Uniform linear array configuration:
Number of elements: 32
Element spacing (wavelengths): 0.5
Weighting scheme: kaiser
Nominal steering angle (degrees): -30
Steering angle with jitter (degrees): -31.365
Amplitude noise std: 0.05
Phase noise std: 0.05

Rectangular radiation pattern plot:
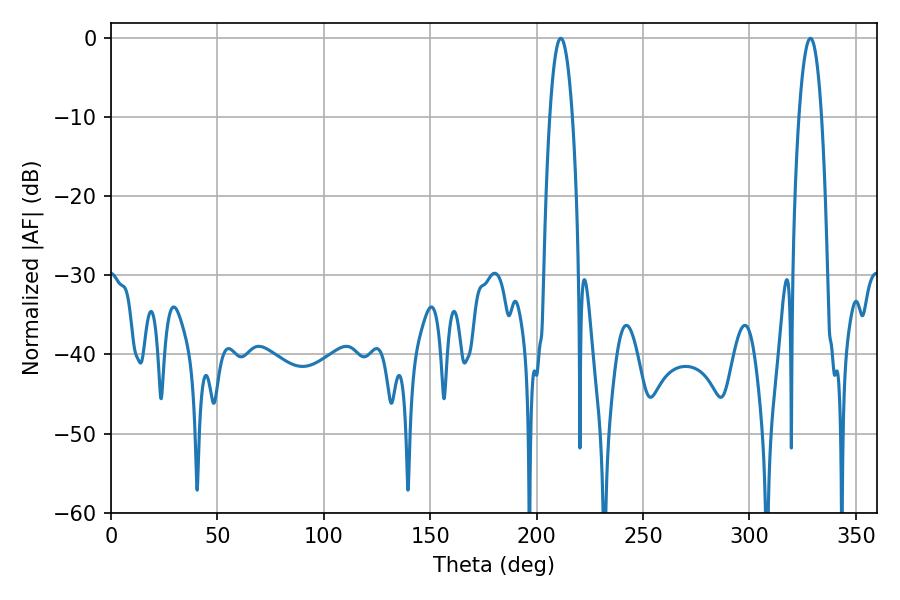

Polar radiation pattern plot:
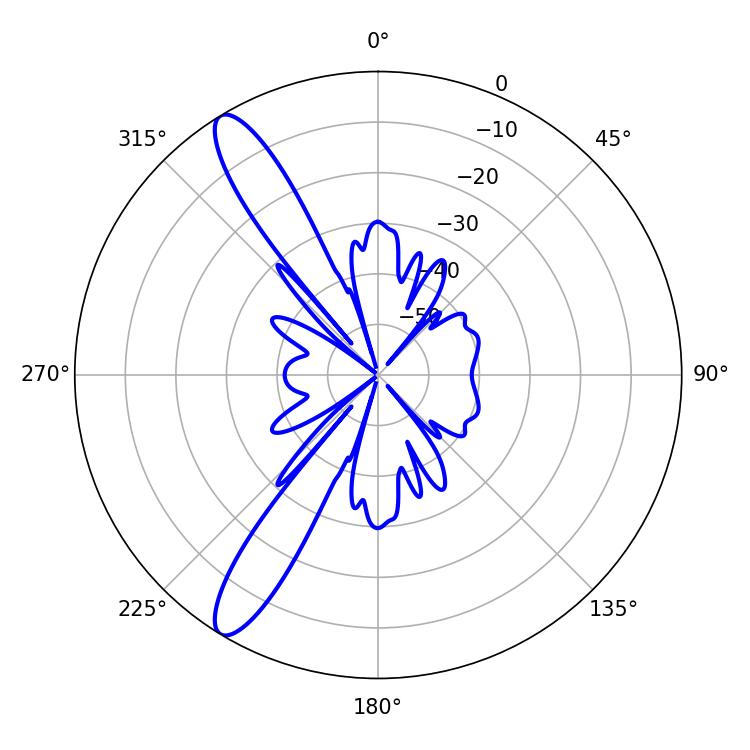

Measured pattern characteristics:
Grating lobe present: FALSE
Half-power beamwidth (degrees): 5.94
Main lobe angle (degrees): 211.32